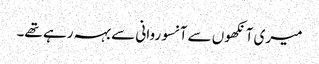
میری آنکھوں سے آنسو روانی سے بہہ رہے تھے۔